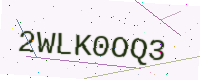
Text: 2WLK0OQ3